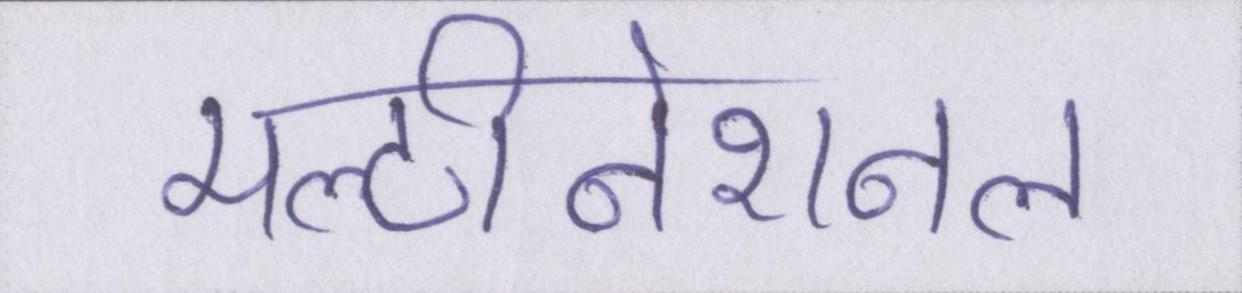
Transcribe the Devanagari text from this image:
मल्टीनेशनल